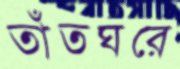
তাঁতঘরে